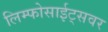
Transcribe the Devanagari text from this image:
लिम्फोसाईट्सवर